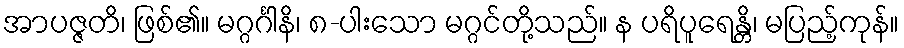
အာပဇ္ဇတိ၊ ဖြစ်၏။ မဂ္ဂင်္ဂါနိ၊ ၈-ပါးသော မဂ္ဂင်တို့သည်။ န ပရိပူရေန္တိ၊ မပြည့်ကုန်။